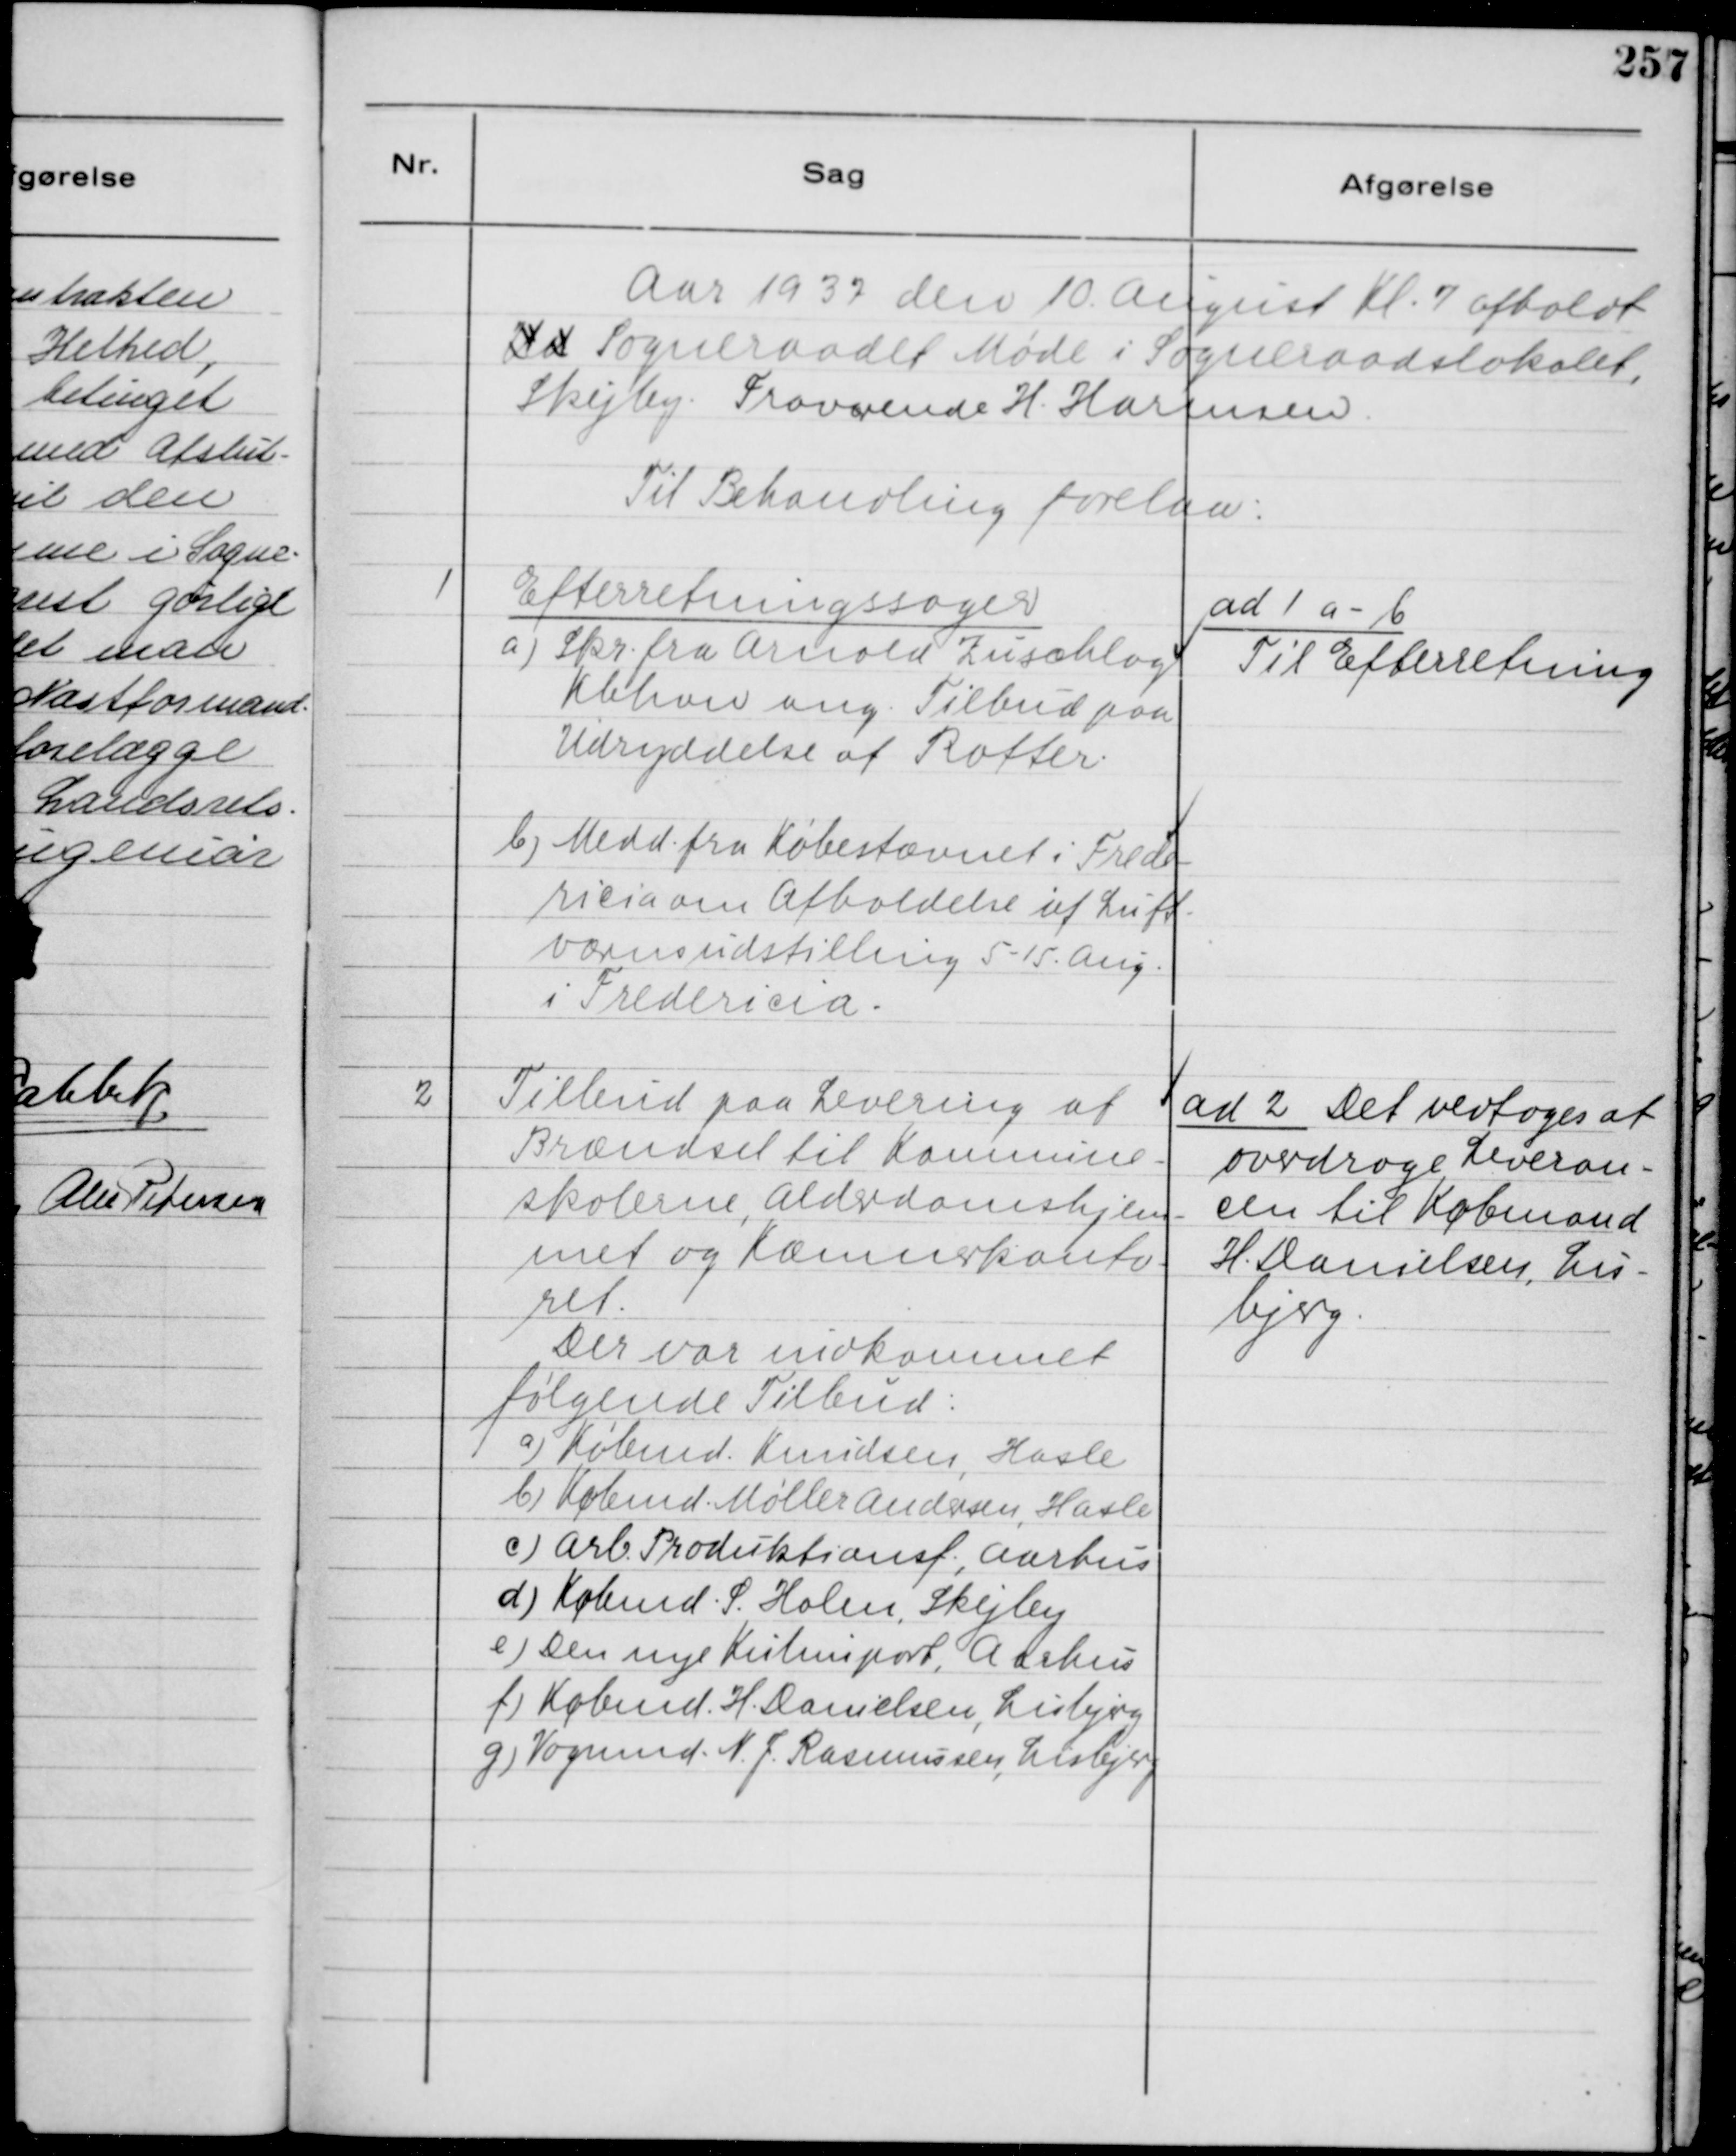
Transskription:
Aar 1937 den 10. August Kl. 7 afholdt
Ud Sogneraadet Møde i Sogneraadslokalet,
Skejby. Fraværende H. Harmsen.
Til Behandling forelaa:

1
Efterretningssager
a) Skr. fra Arnold Zuschlog
Kbhavn ang. Tilbud paa
Udryddelse af Rotter.
b) Medd. fra Købestævnet i Frede-
ricia om Afholdelse af Luft-
værnsudstilling 5 - 15. Aug.
i Fredericia.

ad 1 a - b
Til Efterretning

2
Tilbud paa Levering af
Brændsel til Komnune-
skolerne, Alderdomshjem-
met og Kæmnerkonto-
ret.
Der var indkommet
følgende Tilbud:
a) Købmd. Knudsen, Hasle
b) Købmd. Møller Andersen, Hasle
c) Arb. Produktionsf., Aarhus
d) Købmd. S. Holm, Skejby
e) Den nye Kulimport, Aarhus
f) Købmd. H. Danielsen, Lisbjerg
g) Vognmd. N. J. Rasmussen, Lisbjerg

ad 2 Det vedtages at
ovedrage Leveran-
cen til Købmand
H. Daniselsen, Lis-
bjerg.